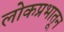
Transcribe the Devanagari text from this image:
लोकप्रभातून